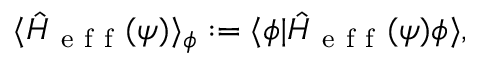
\langle \hat { H } _ { \mathrm { ~ e ~ f ~ f ~ } } ( \psi ) \rangle _ { \phi } : = \langle \phi | \hat { H } _ { \mathrm { ~ e ~ f ~ f ~ } } ( \psi ) \phi \rangle ,